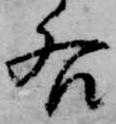
后